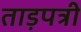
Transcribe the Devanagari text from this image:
ताड़पत्री